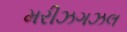
મરીઝગઝલ